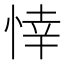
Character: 悻